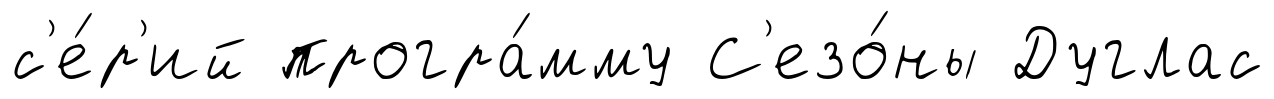
с'е́р'ий програ́мму С'езо́ны Дуглас